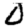
Digit: 0